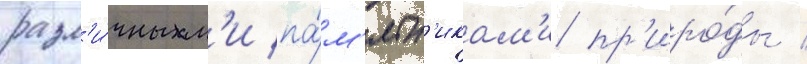
разл'и́чным'и па́м'ятн'икам'и пр'иро́ды /